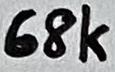
Text: 68K